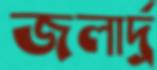
জলার্দ্র